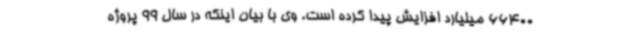
66400 میلیارد افزایش پیدا کرده است. وی با بیان اینکه در سال 99 پروژه